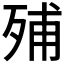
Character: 𣨈